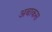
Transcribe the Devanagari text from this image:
अबाकस